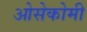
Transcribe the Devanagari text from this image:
ओसेकोमी